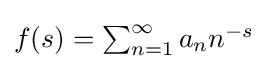
{\textstyle f(s)=\sum _{n=1}^{\infty }a_{n}n^{-s}}